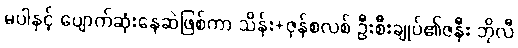
မပါနှင့် ပျောက်ဆုံးနေဆဲဖြစ်ကာ သိန်း+ဇုန်စလစ် ဦးစီးချုပ်၏ဇနီး ဘိုလီ